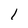
Character: 1